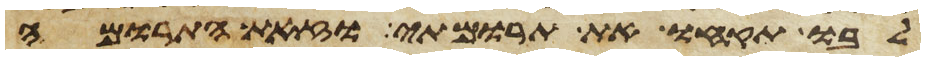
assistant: לבו תקחו את תרומתי וזאת התרומה